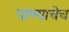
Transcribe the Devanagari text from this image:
पाण्याचेच